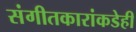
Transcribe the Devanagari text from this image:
संगीतकारांकडेही